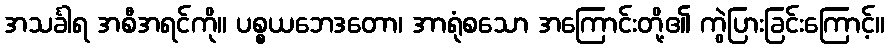
အသင်္ခါရ အစီအရင်ကို။ ပစ္စယဘေဒတော၊ အာရုံစသော အကြောင်းတို့၏ ကွဲပြားခြင်းကြောင့်။